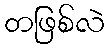
တဖြစ်လဲ